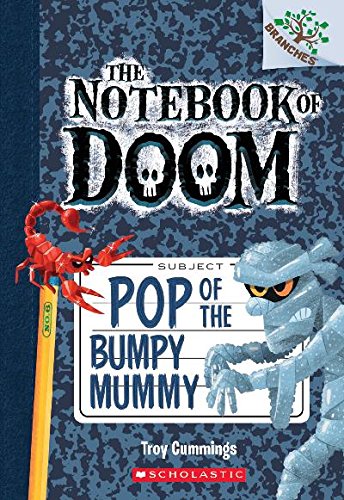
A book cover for The Notebook of Doom #6: Pop of the Bumpy Mummy (A Branches Book); Troy Cummings; Children's Books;